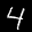
Label: 4